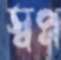
স্বপ্ন